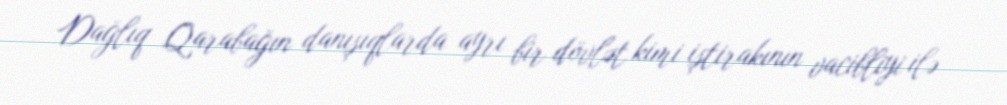
Dağlıq Qarabağın danışıqlarda ayrı bir dövlət kimi iştirakının vacibliyi ilə